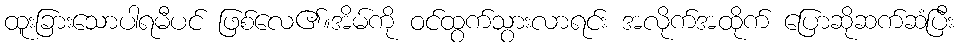
ထူးခြားသောပါရမီပင် ဖြစ်လေ၏။အိမ်ကို ဝင်ထွက်သွားလာရင်း အလိုက်အထိုက် ပြောဆိုဆက်ဆံပြီး